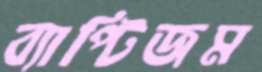
ব্যাপ্টিজম